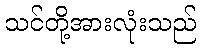
သင်တို့အားလုံးသည်